system: You are a helpful assistant.
user:
Analyze the provided spectrum to determine if it is a **Carbon Star (C-type)**.

- **Key Visual Indicators of Carbon Star:**
    - **(Primary):** Strong molecular absorption from **C₂ (diatomic carbon) "Swan Bands."** This is the **defining feature** of a carbon star.
        - **(Key Bandheads):** Sharp absorption edges are visible at approximately $5635$ Å, $5165$ Å (the strongest band), and $4737$ Å.
        - **(Line Profile):** Creates a distinct **"saw-tooth"** pattern. The key morphology is a sharp, steep bandhead on the **red (long-wavelength) side**, which then gradually tapers off (i.e., flux recovers) towards the **blue (short-wavelength) side**. *(This is the direct opposite of the TiO bands seen in M-type stars)*.

    - **(Secondary):** Intense **CN (cyanogen)** molecular absorption bands.
        - **(Key Bandheads):** Located in the blue and violet regions of the spectrum (e.g., near $4215$ Å and $3883$ Å).
        - **(Morphology):** These bands are extremely broad and act as a "blanket," absorbing the vast majority of blue and violet light. This creates a characteristic **"cliff"** or **"steep drop-off"** in the spectrum's flux at short wavelengths.

    - **(Key Confirmation):** Strong **CH absorption band (G-band)**.
        - **(Key Bandhead):** Located around $4300$ Å. The contribution from CH molecules to this band is exceptionally strong.

    - **(Overall Spectrum):**
        - The continuum is severely "chopped up" by these deep molecular bands, especially C₂, rather than appearing as a smooth curve.
        - Due to the heavy CN and C₂ absorption in the blue-green, the vast majority of the star's flux is concentrated in the red part of the spectrum, giving the star its characteristic deep red color.

Think first, call **spectral_visualization_tool** if needed to examine features in detail, then provide your final answer. Your response must adhere to the following strict rules:
1.  **Overall Structure:** Your response must follow the format `<think>...</think> <tool_call>...</tool_call> (if a tool is used) <answer>...</answer>`.
2.  **Tool Usage Constraint:** You may only make **one** tool call per turn.
3.  **Final Answer Format:** In the `<answer>` tag, your conclusion must be inside a `\boxed{}` command (e.g., `\boxed{YES}`), followed by your justification.

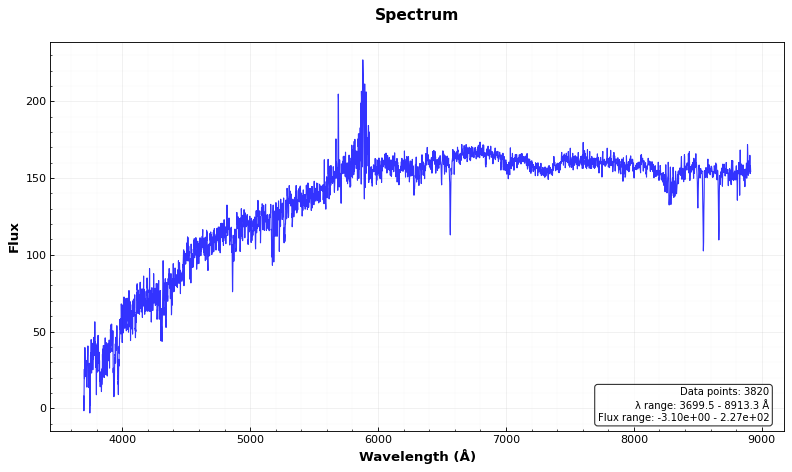
Answer: NO